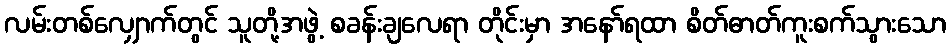
လမ်းတစ်လျှောက်တွင် သူတို့အဖွဲ့ စခန်းချလေရာ တိုင်းမှာ အနော်ရထာ စိတ်ဓာတ်ကူးစက်သွားသော